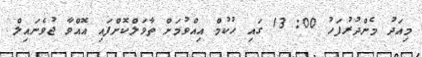
މިއަދު މެންދުރުފަހު 00: 13 ގައި ހުކުމް އިއްވުމަށް ތާވަލްކޮށްފައި އޮއްވާ ޖުވެނައިލް